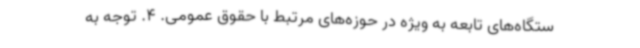
ستگاه‌های تابعه به ویژه در حوزه‌های مرتبط با حقوق عمومی. 4. توجه به